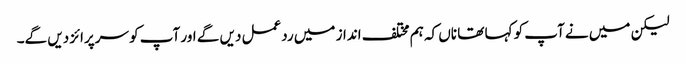
لیکن میں نے آپ کو کہا تھا ناں کہ ہم مختلف انداز میں ردعمل دیں گے اور آپ کو سرپرائز دیں گے۔